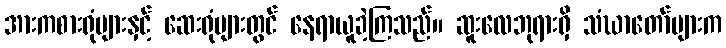
အားကစားရုံများနှင့် ဆေးရုံများတွင် နေရာယူခဲ့ကြသည်။ ဆူးလေဘုရားရှိ သံဃာတော်များက